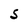
Character: S